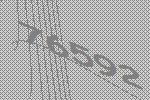
76592